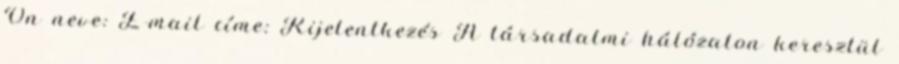
Ön neve: E-mail címe: Kijelentkezés A társadalmi hálózaton keresztül